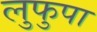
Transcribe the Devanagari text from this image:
लुफुपा